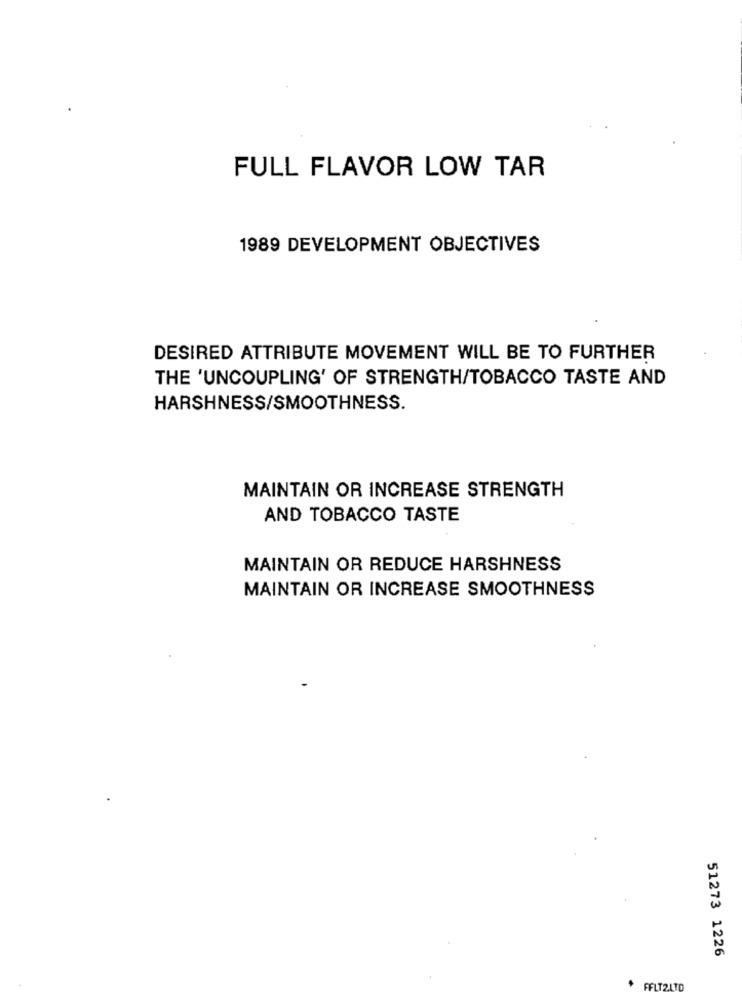
FULL FLAVOR LOW TAR
1989 DEVELOPMENT OBJECTIVES
DESIRED ATTRIBUTE MOVEMENT WILL BE TO FURTHER
THE 'UNCOUPLING' OF STRENGTH/TOBACCO TASTE AND
HARSHNESS/SMOOTHNESS.
MAINTAIN OR INCREASE STRENGTH
AND TOBACCO TASTE
MAINTAIN OR REDUCE HARSHNESS
MAINTAIN OR INCREASE SMOOTHNESS
51273 1226
* FFLT2.LTD